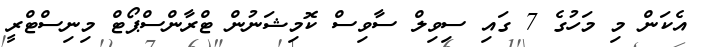
އެކަން މި މަހުގެ 7 ގައި ސިވިލް ސާވިސް ކޮމިޝަނުން ޓްރާންސްޕޯޓް މިނިސްޓްރީ